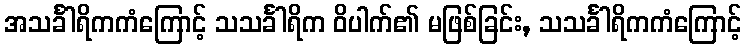
အသင်္ခါရိကကံကြောင့် သသင်္ခါရိက ဝိပါက်၏ မဖြစ်ခြင်း, သသင်္ခါရိကကံကြောင့်